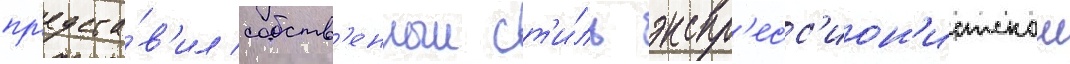
пр'едста́в'ил собств'енныи ст'и́ль экспр'есс'ион'истскои